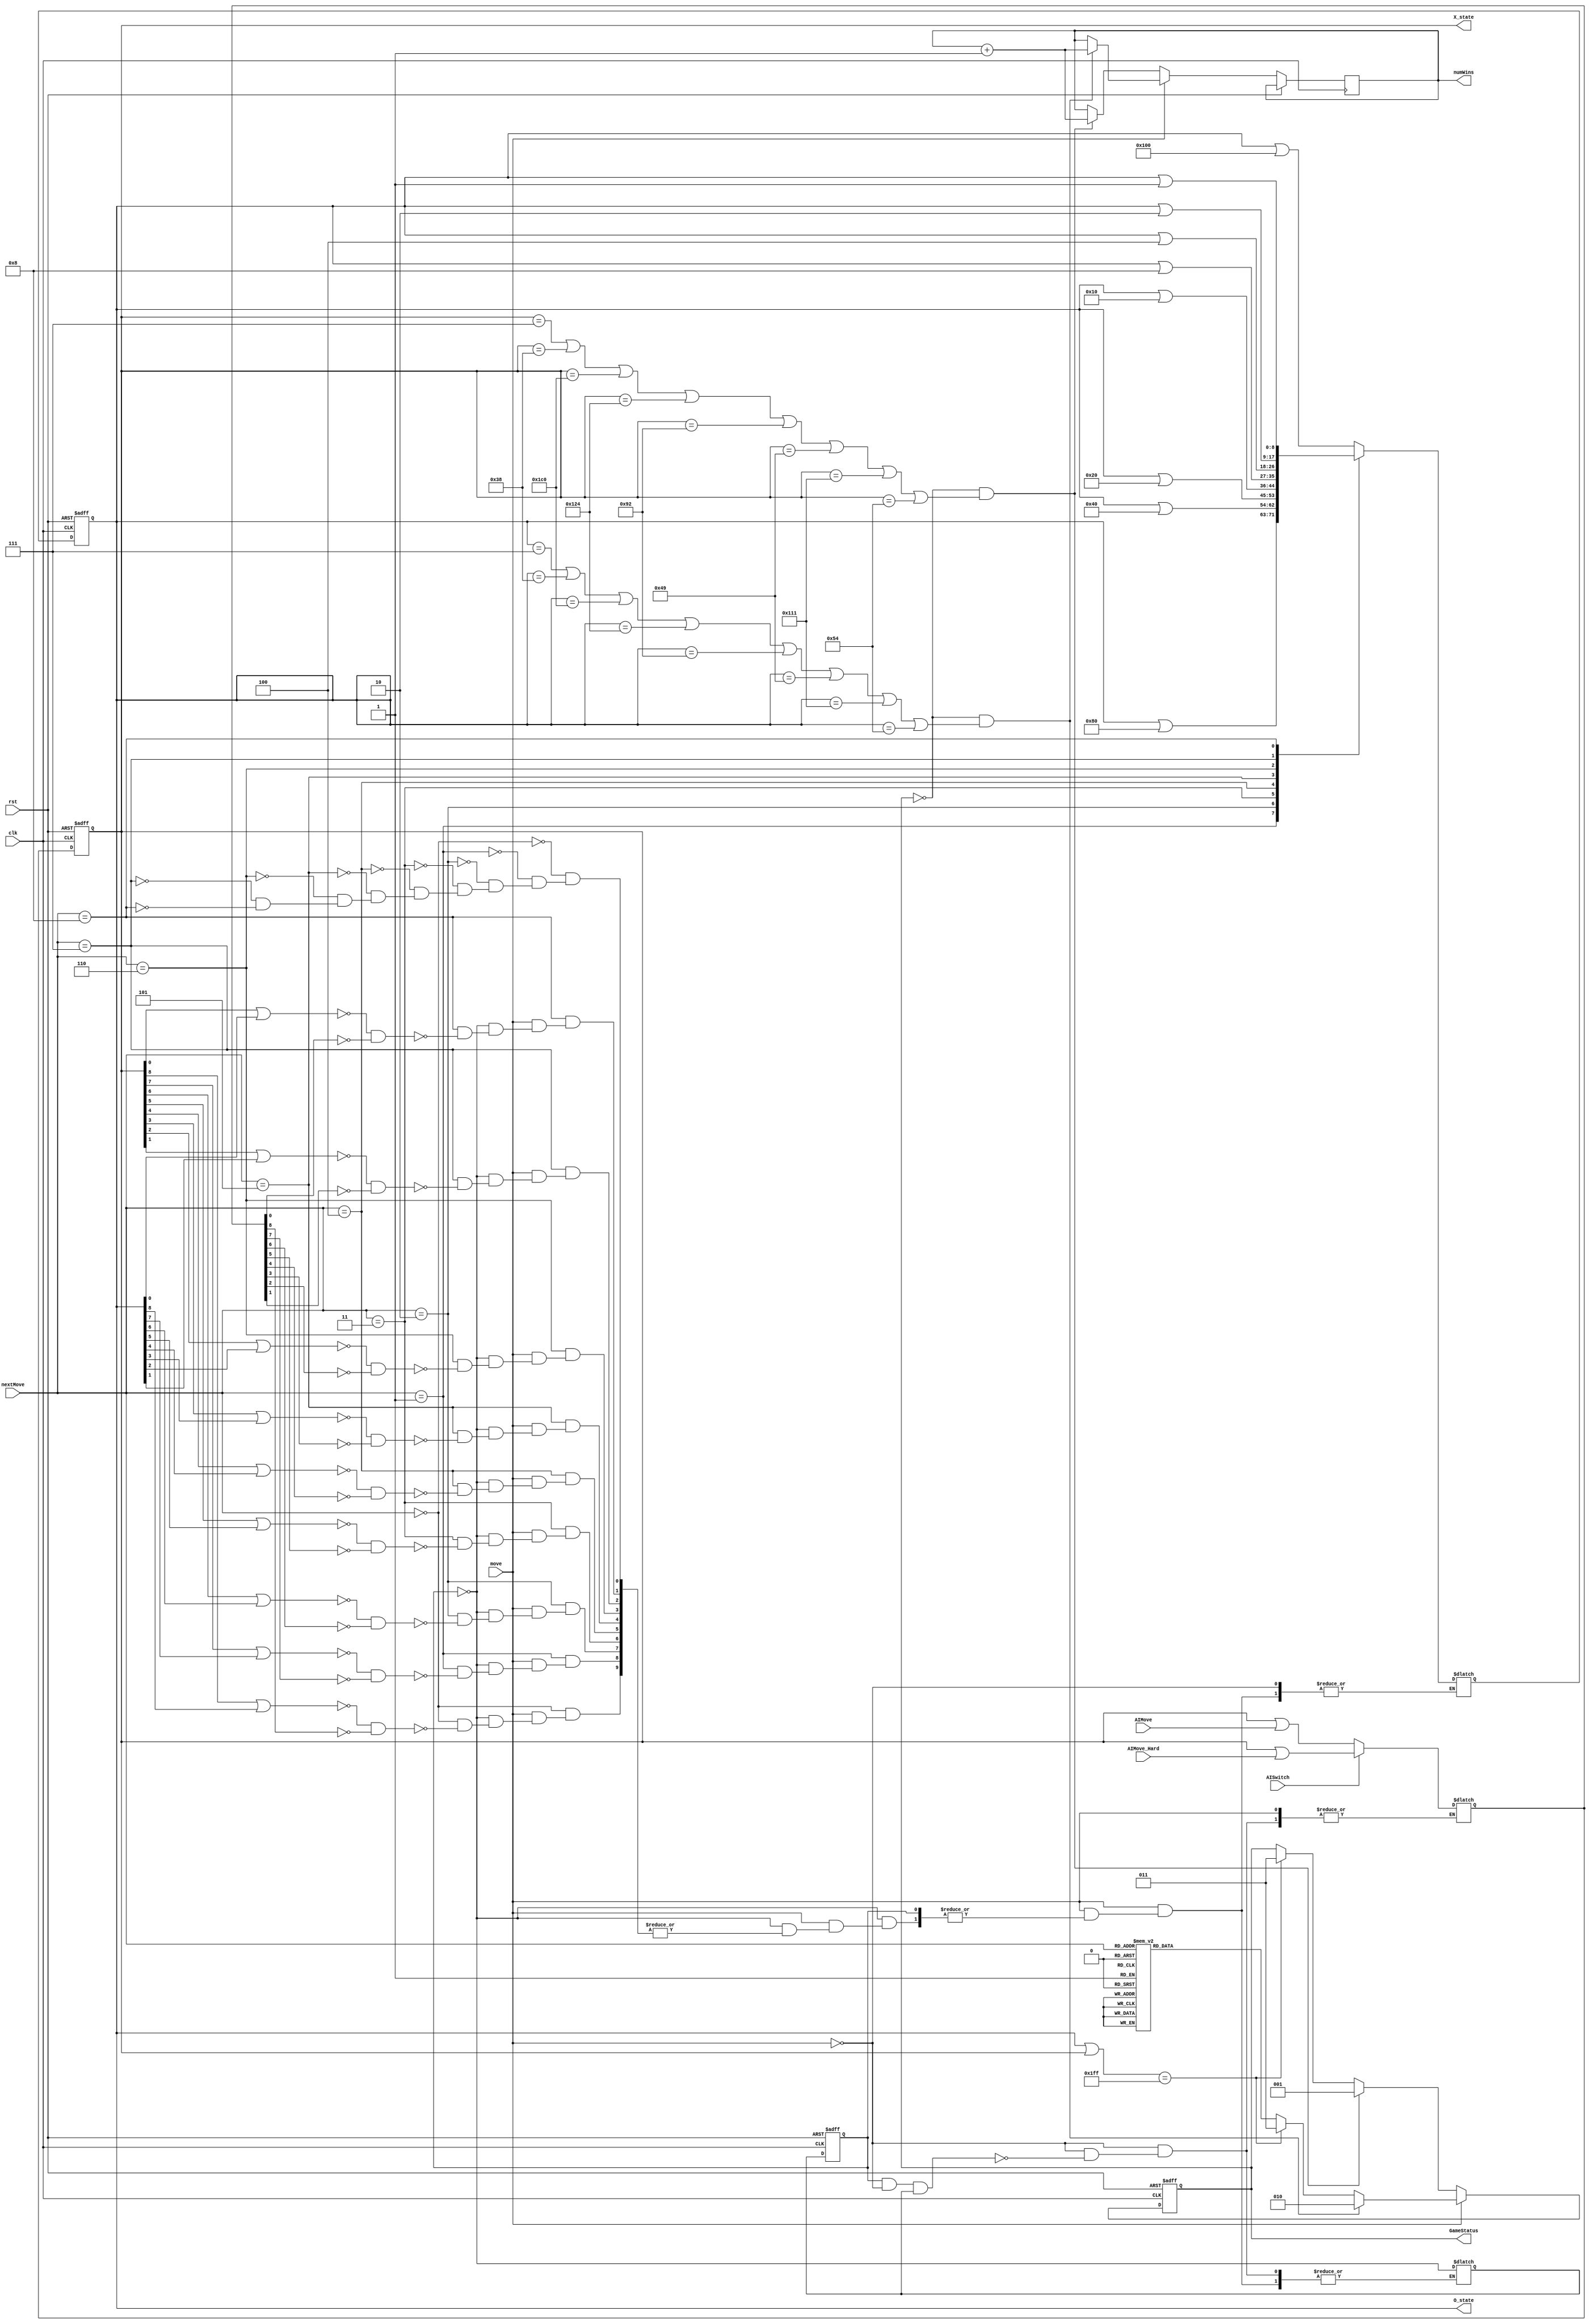
module GameState (
	
	input rst, // start over, new game
	input move ,// indicate that you want to make a move
	input clk,
	
	input [3:0] nextMove, // 4 digits, decides on location to try to make a move,
	input AISwitch,
	input [8:0] AIMove,
	input [8:0] AIMove_Hard,
//	output wire player, // 1 for X, 0 for O
	output wire [8:0] X_state,
	output wire [8:0] O_state,
	output wire [2:0] GameStatus,
	output wire [7:0] numWins
	// 0 (000) AI move
	// 7 (111) Player Move
	// 1 (01) means that X has won
	// 2 (10)means that O has won
	// 3 (11)means that there is a draw
	// 4 (100)invalid move
							
	);

	reg [8:0] X_pos;
	reg [8:0] tmp_X_pos;
	reg [8:0] O_pos;
	reg [8:0] tmp_O_pos = 9'b000000000;
	reg [2:0] game_stats = 0;
	reg [7:0] tmp_Score = 0;
	reg player;
	reg tmp_player;
		
	// MAKE A MOVE
	// Tile Blocks
	// 0 | 1 | 2
	// 3 | 4 | 5
	// 6 | 7 | 8
	always @(*)
	begin
	if(move)
		// if current board is valid AND you want to make a move (input from user!)
		// by default the board would be valid, but this is just a check
		begin
			if(player == 0) // O move
			begin
				case(nextMove)
					0: // tile 0, O
						if(((X_pos[8] | O_pos[8]) != 1) && tmp_X_pos[8] != 1) // if no move made yet
						begin
							tmp_O_pos = O_pos | 9'b100000000;
							tmp_player = ~player;
						end

					1: // tile 1, O
						if(((X_pos[7] | O_pos[7]) != 1) && (tmp_X_pos[7] != 1)) // if no move made yet
						begin
							tmp_O_pos = O_pos | 9'b010000000;
							tmp_player = ~player;
						end

					2: // tile 2, O
						if(((X_pos[6] | O_pos[6]) != 1) && (tmp_X_pos[6] != 1)) // if no move made yet
						begin
							tmp_O_pos = O_pos | 9'b001000000;
							tmp_player = ~player;
						end

					3: // tile 3, O
						if(((X_pos[5] | O_pos[5]) != 1) && (tmp_X_pos[5] != 1))
						begin
							tmp_O_pos = O_pos | 9'b000100000;
							tmp_player = ~player;
						end

					4: // tile 4, O
						if(((X_pos[4] | O_pos[4]) != 1) && (tmp_X_pos[4] != 1))
						begin
							tmp_O_pos = O_pos | 9'b000010000;
							tmp_player = ~player;
						end

					5: // tile 5, O
						if(((X_pos[3] | O_pos[3]) != 1) && (tmp_X_pos[3] != 1))
						begin
							tmp_O_pos = O_pos | 9'b000001000;
							tmp_player = ~player;
						end

					6: // tile 6, O
						if(((X_pos[2] | O_pos[2]) != 1) && (tmp_X_pos[2] != 1))
						begin
							tmp_O_pos = O_pos | 9'b000000100;
							tmp_player = ~player;
						end

					7: // tile 7, O
						if(((X_pos[1] | O_pos[1]) != 1) && (tmp_X_pos[1] != 1))
						begin
							tmp_O_pos = O_pos | 9'b000000010;
							tmp_player = ~player;
						end

					8: // tile 8, O
						if(((X_pos[0] | O_pos[0]) != 1) && (tmp_X_pos[0] != 1))
						begin
							tmp_O_pos = O_pos | 9'b000000001;
							tmp_player = ~player;
						end

					default: // wrong move, do nothing 
					//(taken care of in game status below)
					;
				endcase
				
			end
			
		end
		else if(player == 1 && move == 0 && tmp_player == 1) // X move
			begin // easy if AI Switch is false, else, use hard move
				if(AISwitch == 1'b0) begin
					tmp_X_pos = X_pos | AIMove;
					tmp_player = ~player;
				end
				else begin
					tmp_X_pos = X_pos | AIMove_Hard;
					tmp_player = ~player;
				end
				
//				X_pos = AISwitch ? X_pos | AIMove_Hard: X_pos | AIMove;
			end
	end
	
	always @ (posedge clk or posedge rst)
	begin
		if (rst) begin
			game_stats <= 0; // game status
			player <= 1; // initial player is AI
			X_pos <= 9'b000000000;
			O_pos <= 9'b000000000;
		end
		else begin
			player <= tmp_player;
			X_pos <= tmp_X_pos;
			O_pos <= tmp_O_pos;
			if (move) begin // player moved
				// UPDATE game state!
				case(nextMove)
					0,1,2,3,4,5,6,7,8: 
					begin
						game_stats <= 0;
					end
					default: // wrong move, do nothing
						game_stats <= 4;
				endcase
				
				// Check if O won.  
				// If not, and xoring two positions together creates 111111111, then there is draw
				if(game_stats == 0 && (O_pos == 9'b000_000_111 || O_pos == 9'b000_111_000 || O_pos == 9'b111_000_000 || // horizontal
					O_pos == 9'b100_100_100 || O_pos == 9'b010_010_010 || O_pos == 9'b001_001_001 || //vertical
					O_pos == 9'b100_010_001 || O_pos == 9'b001_010_100)) //diagonal
				begin
						tmp_Score <= tmp_Score + 1;
						game_stats <= 2;
				end
				else if((O_pos | X_pos) == 9'b111_111_111)
						game_stats <= 3;
			end
			else  begin // AI moved
			
							
				// Check if X won
				// If not, and xoring two positions together creates 111111111, then there is draw
				if(game_stats == 0 && (X_pos == 9'b000_000_111 || X_pos == 9'b000_111_000 || X_pos == 9'b111_000_000 || // horizontal
					X_pos == 9'b100_100_100 || X_pos == 9'b010_010_010 || X_pos == 9'b001_001_001 || //vertical
					X_pos == 9'b100_010_001 || X_pos == 9'b001_010_100)) //diagonal
				begin
					tmp_Score <= tmp_Score + 1;
					game_stats <= 1;
				end
				else if((O_pos | X_pos) == 9'b111_111_111)
					game_stats <= 3;
			end
		end
	end
	
	assign GameStatus = game_stats; 
	assign X_state = X_pos;
	assign O_state = O_pos;
	assign numWins = tmp_Score;


endmodule